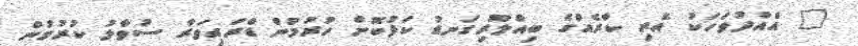
" އެއްދުވަހަކު އެރި ކާރެއްގެ ބިއްލޫރިގަނޑު ކަޅުކޮށް ހުރުމުން ޑްރައިވަރާ ސުވާލު ކުރުމުން